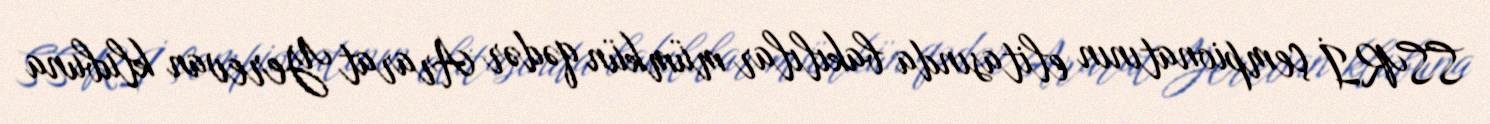
SSRİ çempionatının elitasında bakılılar mümkün qədər Ararat Yerevan klubuna